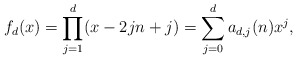
\begin{align*} f_d(x)=\prod_{j=1}^d (x-2jn+j)= \sum_{j=0}^d a_{d,j}(n) x^j,\end{align*}